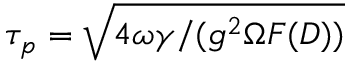
\tau _ { p } = \sqrt { 4 \omega \gamma / ( g ^ { 2 } \Omega F ( D ) ) }